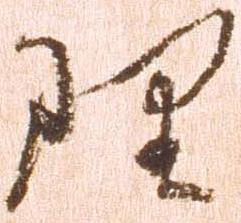
理